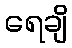
ရေချိ